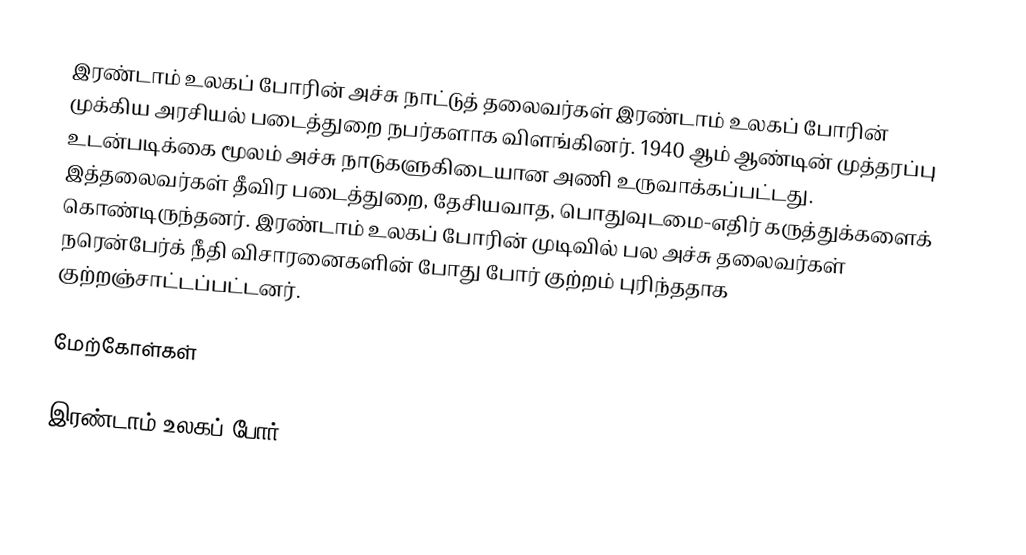
இரண்டாம் உலகப் போரின் அச்சு நாட்டுத் தலைவர்கள் இரண்டாம் உலகப் போரின் முக்கிய அரசியல் படைத்துறை நபர்களாக விளங்கினர். 1940 ஆம் ஆண்டின் முத்தரப்பு உடன்படிக்கை மூலம் அச்சு நாடுகளுகிடையான அணி உருவாக்கப்பட்டது. இத்தலைவர்கள் தீவிர படைத்துறை, தேசியவாத, பொதுவுடமை-எதிர் கருத்துக்களைக் கொண்டிருந்தனர். இரண்டாம் உலகப் போரின் முடிவில் பல அச்சு தலைவர்கள் நரென்பேர்க் நீதி விசாரனைகளின் போது போர் குற்றம் புரிந்ததாக குற்றஞ்சாட்டப்பட்டனர்.

மேற்கோள்கள்

இரண்டாம் உலகப் போர்